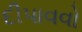
દીપાવવો